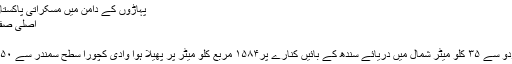
پہاڑوں کے دامن میں مسکراتی پاکستان کی دلکش جنت نظیر وادی کچورا
اصلی صفحہ > فوٹوگیلری > قابل دید مقامات
1/22/2018 2:43:00 PM
کے ٹو کے دامن میں واقع شہر سکردو سے ۳۵ کلو میٹر شمال میں دریائے سندھ کے بائیں کنارے پر۱۵۸۴ مربع کلو میٹر پر پھیلا ہوا وادی کچورا سطح سمندر سے ۸۵۰ سے ۱۱۰۰ فٹ بلندی پر واقع ہے۔